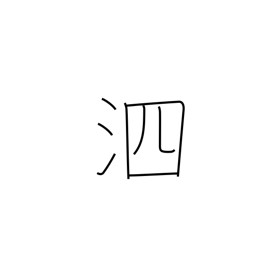
Meaning: snivel